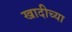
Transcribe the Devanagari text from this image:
खादीच्या